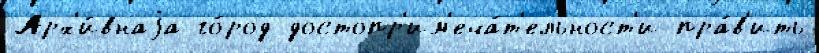
Арх'и́внаjа го́род достопр'им'еча́т'ельност'и пра́в'ить